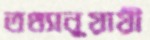
তথ্যানুয়ায়ী